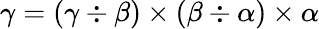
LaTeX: \gamma=(\gamma\div\beta)\times(\beta\div\alpha)\times\alpha